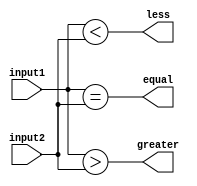
module bit_comparator (
    input [15:0] input1,
    input [15:0] input2,
    output wire equal,
    output wire greater,
    output wire less
);

assign equal = (input1 == input2);
assign greater = (input1 > input2);
assign less = (input1 < input2);

endmodule